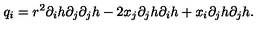
q _ { i } = r ^ { 2 } \partial _ { i } h \partial _ { j } \partial _ { j } h - 2 x _ { j } \partial _ { j } h \partial _ { i } h + x _ { i } \partial _ { j } h \partial _ { j } h .